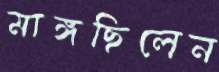
মাঙ্গছিলেন